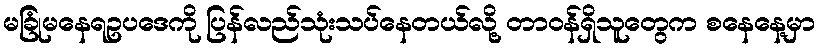
မခြုံမနေရဥပဒေကို ပြန်လည်သုံးသပ်နေတယ်လို့ တာဝန်ရှိသူတွေက စနေနေ့မှာ